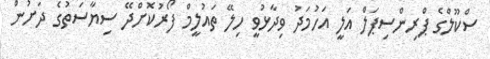
ސްކޫލްގެ ޕްރިންސިޕަލް އަލީ އަހުމަދު ވިދާޅުވީ ހިލޭ ތައުލީމް ފޯރުކޮށްދޭ ސިޔާސަތުގެ ދަށުން